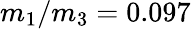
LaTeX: m_{1}/m_{3}=0.097